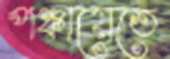
পঞ্চায়েতে